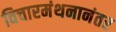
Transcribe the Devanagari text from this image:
विचारमंथनानंतर